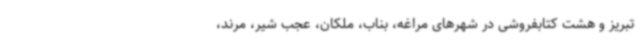
تبریز و هشت کتابفروشی در شهرهای مراغه، بناب، ملکان، عجب شیر، مرند،